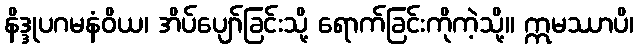
နိဒ္ဒုပဂမနံဝိယ၊ အိပ်ပျော်ခြင်းသို့ ရောက်ခြင်းကိုကဲ့သို့။ ဣမဿာပိ၊